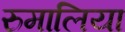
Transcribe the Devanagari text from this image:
रुमालिया